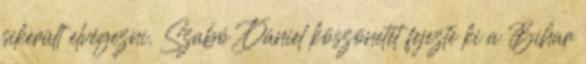
sikerült elvégezni. Szabó Dániel köszönetét fejezte ki a Bihar